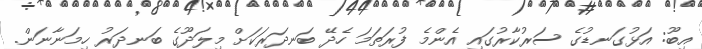
އިބޫ: އަޅުގަނޑުގެ ސަރުކާރުގައި އެންމެ ފުރަތަމަ ހެދޭ ބަނދަރަކަށް މިލަދޫގެ ބަނދަރު ހިމަނާނަން.